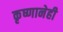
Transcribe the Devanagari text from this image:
कृष्णानेही